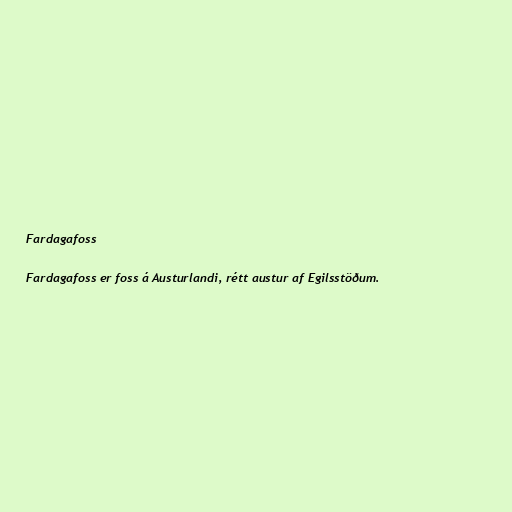
Fardagafoss

Fardagafoss er foss á Austurlandi, rétt austur af Egilsstöðum.